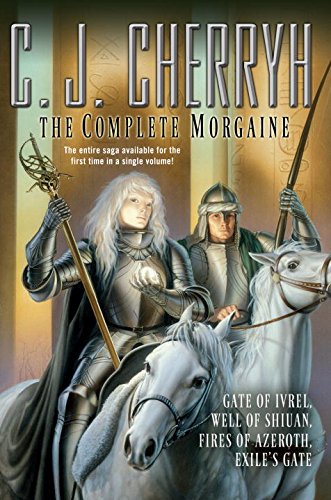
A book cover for The Complete Morgaine (Morgaine Cycle); C. J. Cherryh; Science Fiction & Fantasy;